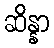
ဆိန္နာ